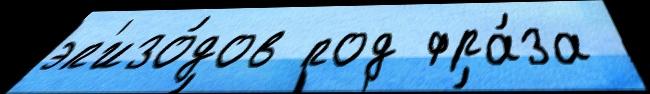
эп'изо́дов под фра́за